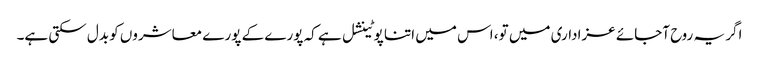
اگر یہ روح آجائے عزاداری میں تو، اس میں اتنا پوٹینشل ہے کہ پورے کے پورے معاشروں کو بدل سکتی ہے۔